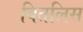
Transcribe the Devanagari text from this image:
बितलिस